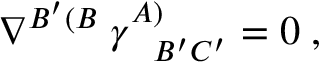
\nabla ^ { B ^ { \prime } ( B } \; \gamma _ { \; \; \; B ^ { \prime } C ^ { \prime } } ^ { A ) } = 0 \; ,